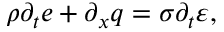
\begin{array} { r } { \rho \partial _ { t } e + \partial _ { x } q = \sigma \partial _ { t } \varepsilon , } \end{array}